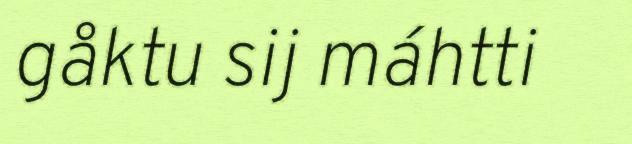
gåktu sij máhtti